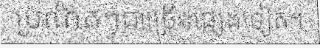
ប្រណិតៗជាច្រើនផ្សេងទៀត។